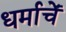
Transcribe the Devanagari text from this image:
धर्माचें